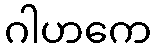
ဂါဟကေ